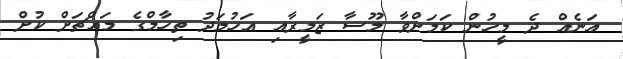
އަނެއް ދެ މީހުން ކަމަށްވާ މޫސާ ޒަމީރާއި އަހުމަދު ތިހާމްގެ މައްޗަށް ކުށް